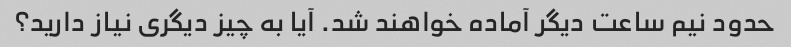
حدود نیم ساعت دیگر آماده خواهند شد. آیا به چیز دیگری نیاز دارید؟